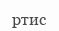
ртис